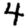
Digit: 4